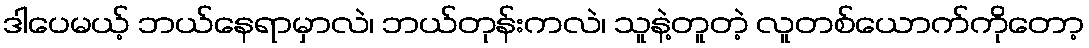
ဒါပေမယ့် ဘယ်နေရာမှာလဲ၊ ဘယ်တုန်းကလဲ၊ သူနဲ့တူတဲ့ လူတစ်ယောက်ကိုတော့